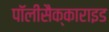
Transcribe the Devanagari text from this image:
पॉलीसैक्काराइड